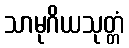
သာမုဂိယသုတ္တံ